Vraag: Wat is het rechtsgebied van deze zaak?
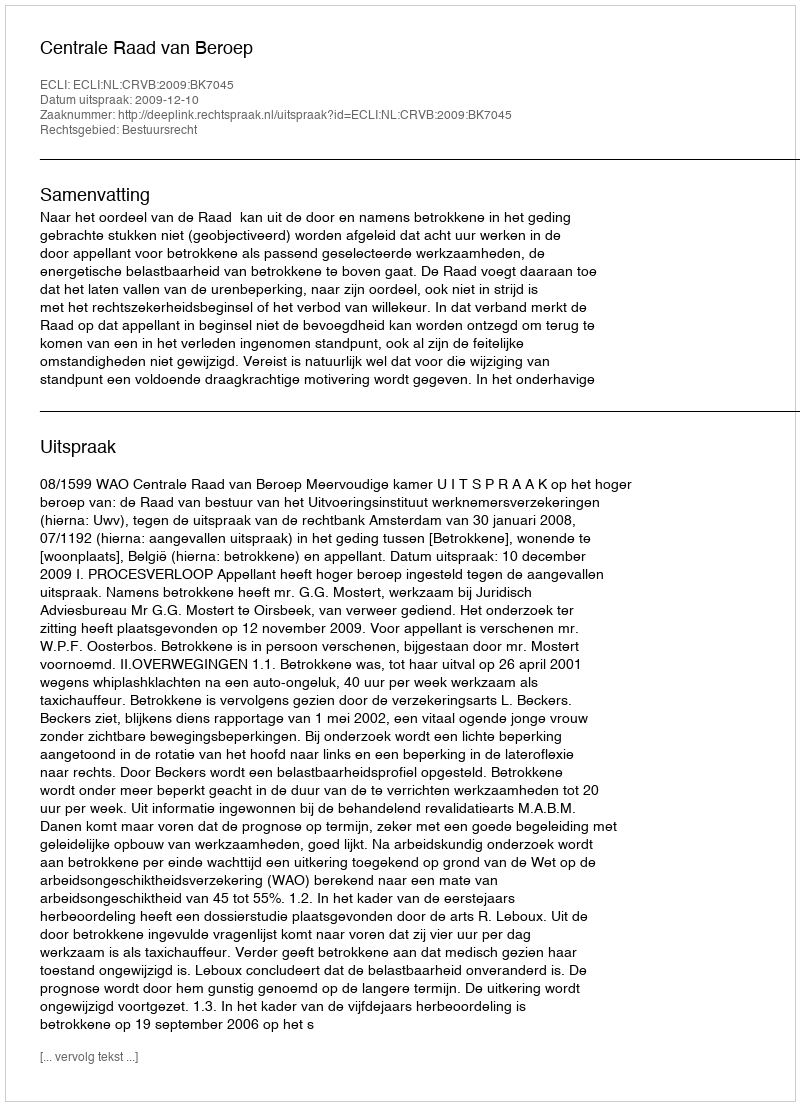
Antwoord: Bestuursrecht